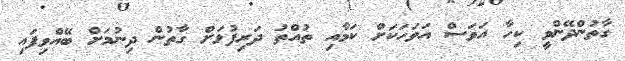
ގާތުންދޭންވީ ކިހާ އަވަސް އަވަހަކަށް ކަމާއި ތުއްތު ދަރިފުޅަށް ގާތުން ދިނުމަށް ބޭއްވިފައި